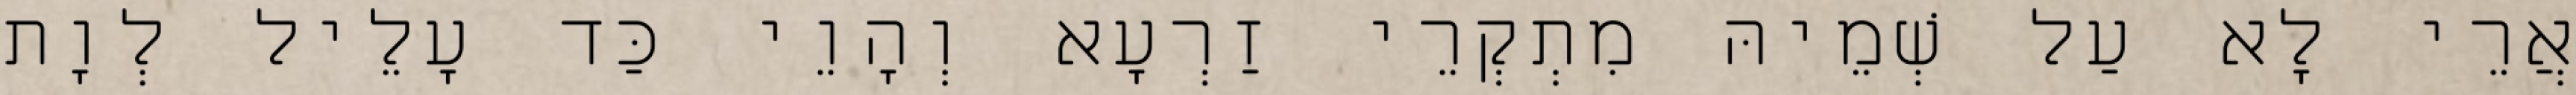
אֲרֵי לָא עַל שְׁמֵיהּ מִתְקְרֵי זַרְעָא וְהָוֵי כַּד עָלֵיל לְוָת